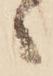
ゝ